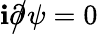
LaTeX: \mathbf{i}\partial\! \! \! {\big/}\psi=0